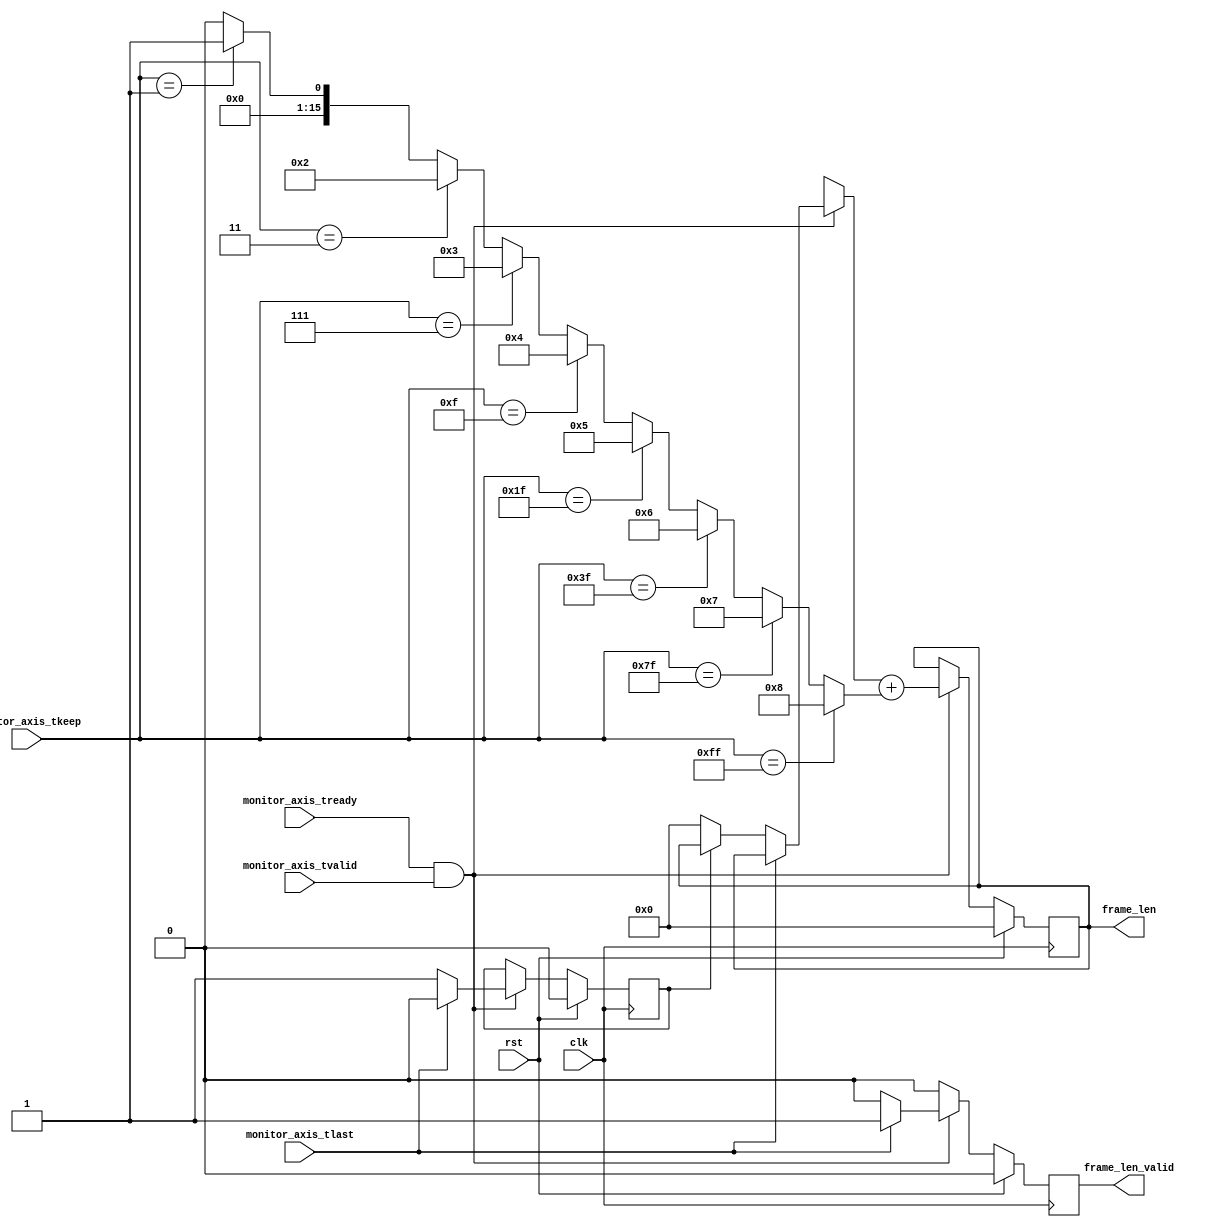
/*

Copyright (c) 2019 Alex Forencich

Permission is hereby granted, free of charge, to any person obtaining a copy
of this software and associated documentation files (the "Software"), to deal
in the Software without restriction, including without limitation the rights
to use, copy, modify, merge, publish, distribute, sublicense, and/or sell
copies of the Software, and to permit persons to whom the Software is
furnished to do so, subject to the following conditions:

The above copyright notice and this permission notice shall be included in
all copies or substantial portions of the Software.

THE SOFTWARE IS PROVIDED "AS IS", WITHOUT WARRANTY OF ANY KIND, EXPRESS OR
IMPLIED, INCLUDING BUT NOT LIMITED TO THE WARRANTIES OF MERCHANTABILITY
FITNESS FOR A PARTICULAR PURPOSE AND NONINFRINGEMENT. IN NO EVENT SHALL THE
AUTHORS OR COPYRIGHT HOLDERS BE LIABLE FOR ANY CLAIM, DAMAGES OR OTHER
LIABILITY, WHETHER IN AN ACTION OF CONTRACT, TORT OR OTHERWISE, ARISING FROM,
OUT OF OR IN CONNECTION WITH THE SOFTWARE OR THE USE OR OTHER DEALINGS IN
THE SOFTWARE.

*/

// Language: Verilog 2001

`timescale 1ns / 1ps

/*
 * AXI4-Stream frame length measurement
 */
module axis_frame_len #
(
    // Width of AXI stream interfaces in bits
    parameter DATA_WIDTH = 64,
    // Propagate tkeep signal
    // If disabled, tkeep assumed to be 1'b1
    parameter KEEP_ENABLE = (DATA_WIDTH>8),
    // tkeep signal width (words per cycle)
    parameter KEEP_WIDTH = (DATA_WIDTH/8),
    // Width of length counter
    parameter LEN_WIDTH = 16
)
(
    input  wire                   clk,
    input  wire                   rst,

    /*
     * AXI monitor
     */
    input  wire [KEEP_WIDTH-1:0]  monitor_axis_tkeep,
    input  wire                   monitor_axis_tvalid,
    input  wire                   monitor_axis_tready,
    input  wire                   monitor_axis_tlast,

    /*
     * Status
     */
    output wire [LEN_WIDTH-1:0]   frame_len,
    output wire                   frame_len_valid
);

reg [LEN_WIDTH-1:0] frame_len_reg = 0, frame_len_next;
reg frame_len_valid_reg = 1'b0, frame_len_valid_next;
reg frame_reg = 1'b0, frame_next;

assign frame_len = frame_len_reg;
assign frame_len_valid = frame_len_valid_reg;

integer offset, i, bit_cnt;

always @* begin
    frame_len_next = frame_len_reg;
    frame_len_valid_next = 1'b0;
    frame_next = frame_reg;

    if (monitor_axis_tready && monitor_axis_tvalid) begin
        // valid transfer cycle

        if (monitor_axis_tlast) begin
            // end of frame
            frame_len_valid_next = 1'b1;
            frame_next = 1'b0;
        end else if (!frame_reg) begin
            // first word after end of frame
            frame_len_next = 0;
            frame_next = 1'b1;
        end

        // increment frame length by number of words transferred
        if (KEEP_ENABLE) begin
            bit_cnt = 0;
            for (i = 0; i <= KEEP_WIDTH; i = i + 1) begin
                if (monitor_axis_tkeep == ({KEEP_WIDTH{1'b1}}) >> (KEEP_WIDTH-i)) bit_cnt = i;
            end
            frame_len_next = frame_len_next + bit_cnt;
        end else begin
            frame_len_next = frame_len_next + 1;
        end
    end
end

always @(posedge clk) begin
    if (rst) begin
        frame_len_reg <= 0;
        frame_len_valid_reg <= 0;
        frame_reg <= 1'b0;
    end else begin
        frame_len_reg <= frame_len_next;
        frame_len_valid_reg <= frame_len_valid_next;
        frame_reg <= frame_next;
    end
end

endmodule